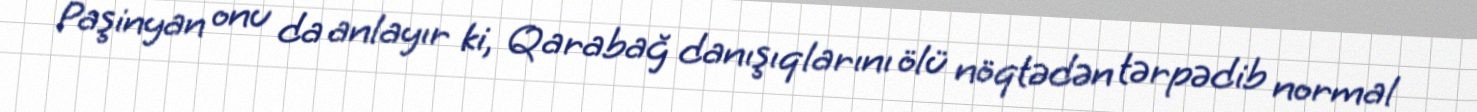
Paşinyan onu da anlayır ki, Qarabağ danışıqlarını ölü nöqtədən tərpədib normal